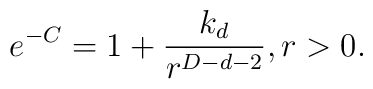
e^{-C}=1+\frac{k_d}{r^{D-d-2}},r>0.